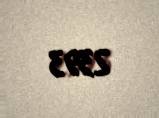
2393